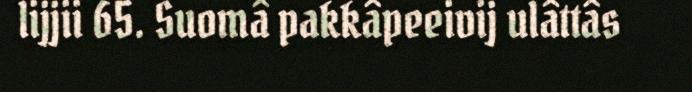
lijjii 65. Suomâ pakkâpeeivij ulâttâs